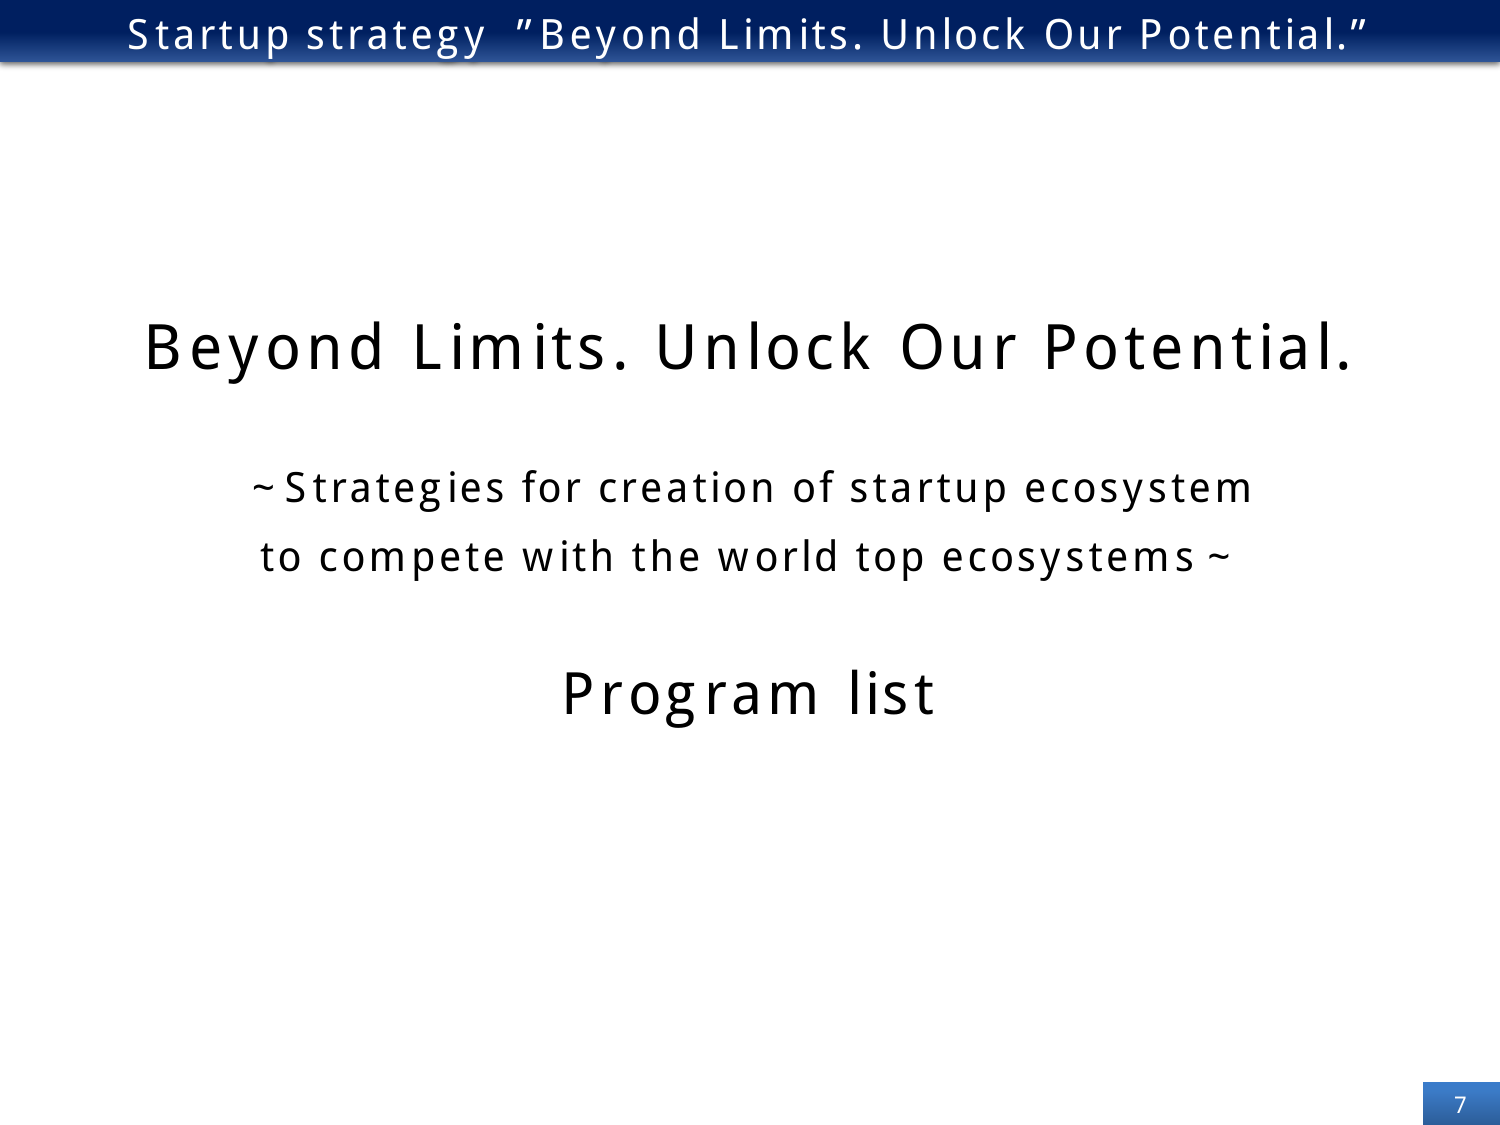
Startup strategy "Beyond Limits. Unlock Our Potential."

Beyond Limits. Unlock Our Potential.

~ Strategies for creation of startup ecosystem
to compete with the world top ecosystems ~

Program list

7